King Institute of Preventive Medicine Bacteriolog. Section reports 1907-08
Year: 1907
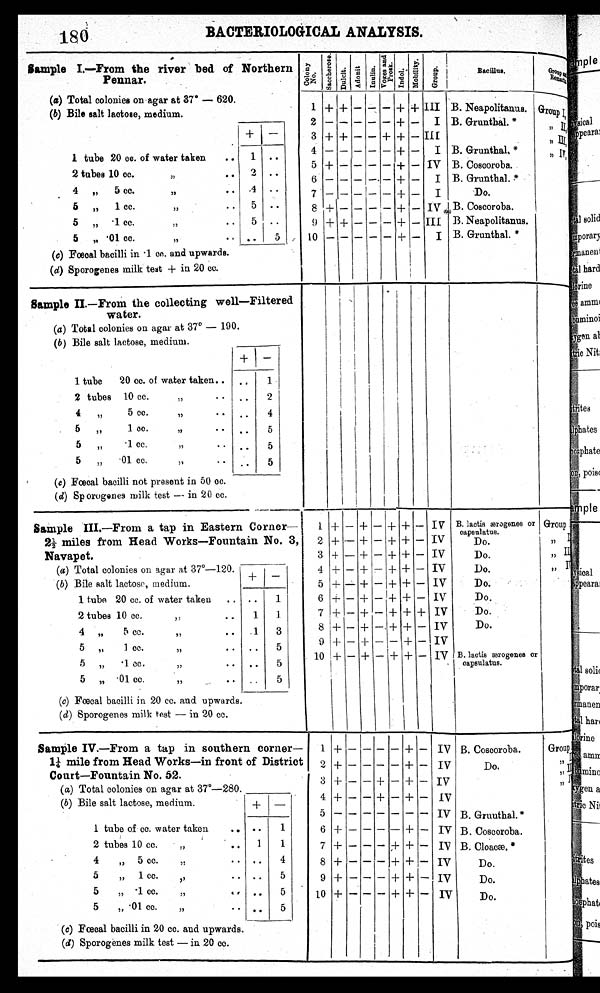
180
BACTERIOLOGICAL ANALYSIS.
Sample I.—From the river bed of Northern
Pennar.
Col ony No. S a c c h e r o s e .
Dul c i t .
Adoni t I nul i n. V o g e s a n d P r o s k . I ndol . Mobi l i t y .
G r o u p .
Bacillus.
Gr o u p a n d Re ma r k s .
(a) Total colonies on agar at 37° — 620.
1
+ +
— — —
+ + III B. Neapolitanus. Group I ,
(b) Bile salt lactose, medium.
2
— — — — —
+ —
I B. Grunthal. *
,,
I I ,
+
—
3 + + — — + + — III
,,
I I I ,
1 tube 20 cc. of water taken
..
1
..
4
— — — — —
+ —
I B. Grunthal. *
,, I V ,
5 + — — — — + — IV B. Coscoroba.
2 tubes 10 cc.
,,
2
..
6 — — —
—
— + —
I B. Grunthal. *
4
„
5 cc.
„
4
..
7
— — — — —
+ —
I
Do.
5
„
1 cc.
,,
..
5
..
8 + — — —
—
+ — IV B. Coscoroba.
5
„
.1 cc.
,,
..
5
..
9 + + — — — + — III B. Neapolitanus.
5
„ .01 cc.
,,
..
. .
5
10
— — — — —
+ _
I B. Grunthal. *
(c) Fœcal bacilli in .1 cc. and upwards.
( d) Sporogenes milk test + in 20 cc.
Sample II.—From the collecting well—Filtered
water.
(a ) Total colonies on agar at 37° — 190.
( b ) Bile salt lactose, medium.
+
—
1 tube
20 cc. of water taken.. ..
1
2 tubes 10 cc.
,,
• •
• •
2
4
„
5 cc.
,,
• •
• •
4
5
„
1 cc.
,,
••
••
5
5
„
.1 cc.
,,
• •
••
5
5
„
.01 cc.
,,
..
••
5
( c) Fœcal bacilli not present in 50 cc.
( d) Sp orogenes milk test— in 20 cc.
Sample III.—From a tap in Eastern Corner—
2½ miles from Head Works—Fountain No. 3,
Navapet.
1 + — + — + + —
I V
B. lactis ærogenes or
capsulatus.
Group
I
2 + — + — + + — IV
,,
I I
Do.
3 + — + — + + — IV
Do.
,,
I I I
( a) Total colonies on agar at 37°—120.
4 + — + — + + — IV
Do.
,,
I V
—
+
( b) Bile salt lactose, medium.
5 +
—
+ — + + — IV
Do.
1 tube 20 cc. of water taken
..
..
1
6
+
— + — + + — IV
Do.
2 tubes 10 cc.
,,
• •
1
1
7
+
— + — +
+
+ IV
Do.
4
„
5 cc.
,,
..
1
3
8
+ +
— + —
+ +
— IV
Do.
5
,,
1 cc.
,,
..
••
5
9 + — + — — + — IV
5
„
.1 cc.
,,
•• ••
5
10 + —
+
— + + — IV B. lactis ærogenes or
capsulatus.
5
„ .01 cc.
,, • •
..
5
(c) Fœcal bacilli in 20 cc. and upwards.
( d) Sporogenes milk test — in 20 cc,
Sample IV.—From a tap in southern corner—
l¼ mile from Head Works—in front of District
Court—Fountain No. 52.
1 + — — — — + — IV B. Coscoroba.
Group I
2 + — — — — + — IV
Do.
,,
I I
,,
I I I
3
+
— —
+
—
+
— IV
,,
I V
( a) Total colonies on agar at 37°—280.
4 + — — + — + — IV
(b) Bile salt lactose, medium.
+
—
5
— — — — — — —
IV B. Grauthal.*
1 tube of cc. water taken
.. • •
1
6 + — — — — + — IV B. Coscoroba.
2 tubes 10 cc.
„
..
1
1
7 + — — —
+
+ — IV B. Cloacæ. *
4
,,
5 cc.
,,
..
..
4
8 +
— — —
+ +
-- IV
Do.
5
,,
1 cc.
,,
• • • •
5
9 +
—
— — + + — IV
Do.
5
,,
.1 cc.
,,
••
..
5
10 + — — — + + — IV
Do.
5
,,
.01 cc.
„
• • ..
5
( c) Fœcal bacilli in 20 cc. and upwards.
(d) Sporogenes milk test — in 20 cc.